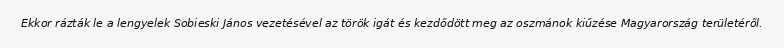
Ekkor rázták le a lengyelek Sobieski János vezetésével az török igát és kezdődött meg az oszmánok kiűzése Magyarország területéről.